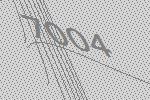
7004